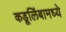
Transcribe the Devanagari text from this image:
कडूलिंबामध्ये